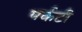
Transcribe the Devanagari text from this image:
पर्कटी